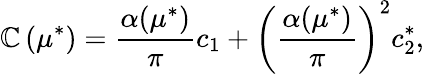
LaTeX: \mathbb{C}\left(\mu^{*}\right)=\frac{{\alpha(\mu^{*})}}{{\pi}}c_{1}+\left(\frac{{\alpha(\mu^{*})}}{{\pi}}\right)^{2}c_{2}^{*},